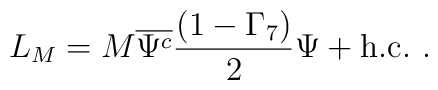
L_M=M \overline{\Psi^c}\frac{(1-\Gamma_7)}{2}\Psi + \mbox{h.c.}~.